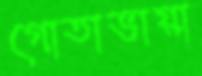
গোতাভায়া